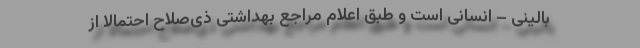
بالینی – انسانی است و طبق اعلام مراجع بهداشتی ذی‌صلاح احتمالا از